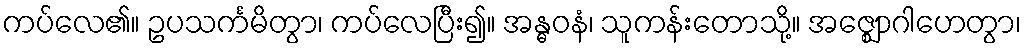
ကပ်လေ၏။ ဥပသင်္ကမိတွာ၊ ကပ်လေပြီး၍။ အန္ဓဝနံ၊ သူကန်းတောသို့။ အဇ္ဈောဂါဟေတွာ၊